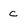
Character: c